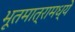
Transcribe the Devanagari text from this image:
भूतमात्रामध्ये